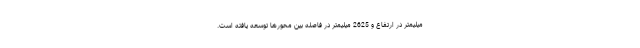
میلیمتر در ارتفاع و 2625 میلیمتر در فاصله بین محورها توسعه یافته است.